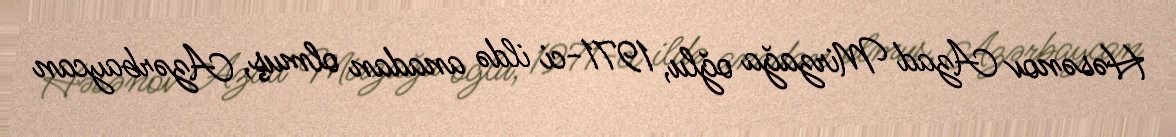
Həsənov Azad Mirzağa oğlu, 1971-ci ildə anadan olmuş, Azərbaycan